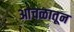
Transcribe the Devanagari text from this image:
आचळातून